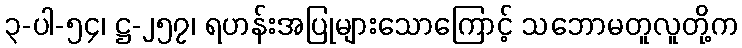
၃-ပါ-၅၄၊ ဋ္ဌ-၂၅၇၊ ရဟန်းအပြုများသောကြောင့် သဘောမတူလူတို့က